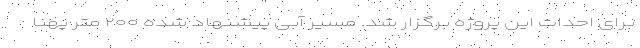
برای احداث این پروژه برگزار شد. مسیر آبی پیشنهاد شده ۲۰۰ متر پهنا